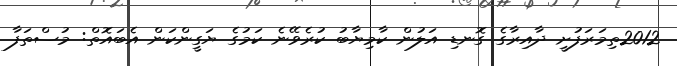
2012ތިމަރަފުށީ ދާއިރާގެ ގޮނޑި އަލުން ކާމިޔާބު ކުރެވޭނެ ކަމުގެ ޔަގީންކަން އެބައޮތް: މުސްތަފާ